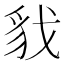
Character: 𮙦